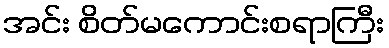
အင်း စိတ်မကောင်းစရာကြီး